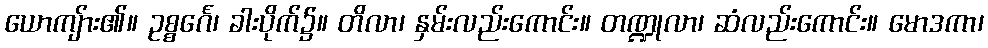
ယောကျ်ား၏။ ဥစ္စင်္ဂေ၊ ခါးပိုက်၌။ တိလာ၊ နှမ်းလည်းကောင်း။ တဏ္ဍုလာ၊ ဆံလည်းကောင်း။ မောဒကာ၊